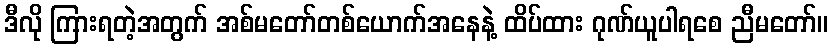
ဒီလို ကြားရတဲ့အတွက် အစ်မတော်တစ်ယောက်အနေနဲ့ ထိပ်ထား ဂုဏ်ယူပါရစေ ညီမတော်။